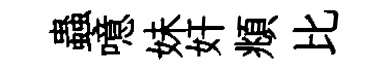
蟲噫妹奸頫比